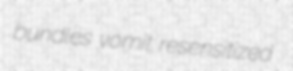
bundles vomit resensitized